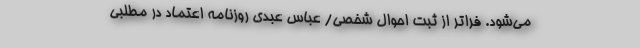
می‌شود. فراتر از ثبت احوال شخصی/ عباس عبدی روزنامه اعتماد در مطلبی